Indian journal of veterinary science and animal husbandry - Volume 4,
Year: 1934
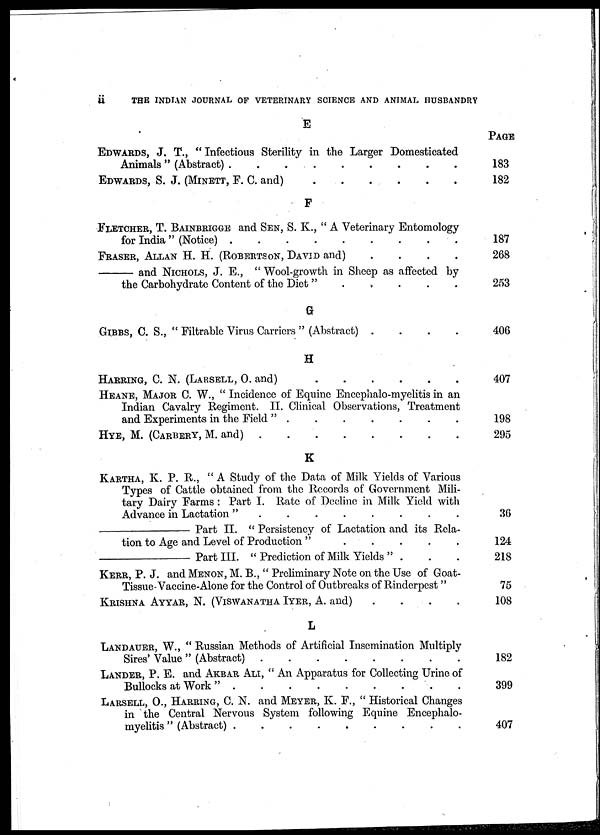
ii
THE INDIAN JOURNAL OF VETERINARY SCIENCE AND ANIMAL HUSBANDRY
E
EDWARDS, J. T., " Infectious Sterility in the Larger Domesticated
Animals " (Abstract) . . . . . . . . .
EDWARDS, S. J. (MINETT, F. C. and)
F
FLETCHER, T. BAINBRIGGE and SEN, S. K., " A Veterinary Entomology
for India " (Notice) . . . . . .
FRASER, ALLAN H. H. (ROBERTSON, DAVID and)
.
.
.
.
— and NICHOLS, J. E., " Wool-growth in Sheep as affected by
the Carbohydrate Content of the Diet " . . . . .
G
GIBBS, C. S., " Filtrable Virus Carriers " (Abstract) .
.
.
.
H
HARRING, C. N. (LARSELL, O. and)
HEANE, MAJOR C. W., " Incidence of Equine Encephalo-myelitis in an
Indian Cavalry Regiment. II. Clinical Observations, Treatment
and Experiments in the Field " . . . . . . .
HYE, M. (CARBERY, M. and)
K
KARTHA, K. P. R., " A Study of the Data of Milk Yields of Various
Types of Cattle obtained from the Records of Government Mili-
tary Dairy Farms : Part I. Rate of Decline in Milk Yield with
Advance in Lactation " . . . . . . . .
—
Part II. " Persistency of Lactation and its Rela-
tion to Age and Level of Production " . . . . . .
— Part III. " Prediction of Milk Yields " . . .
KERR, P. J. and MENON, M. B., " Preliminary Note on the Use of Goat-
Tissue-Vaccine-Alone for the Control of Outbreaks of Rinderpest"
KRISHNA AYYAR, N. (VISWANATHA IYER, A. and)
.
.
.
.
L
LANDAUER, W., " Russian Methods of Artificial Insemination Multiply
Sires' Value " (Abstract)
LANDER, P. E. and AKBAR ALI, " An Apparatus for Collecting Urine of
Bullocks at Work "
LARSELL, O., HARRING, C. N. and MEYER, K. F., " Historical Changes
in the Central Nervous System following Equine Encephalo-
myelitis " (Abstract) . . . . . . . . . .
PAGE
183
182
187
268
253
406
407
198
295
36
124
218
75
108
182
399
407